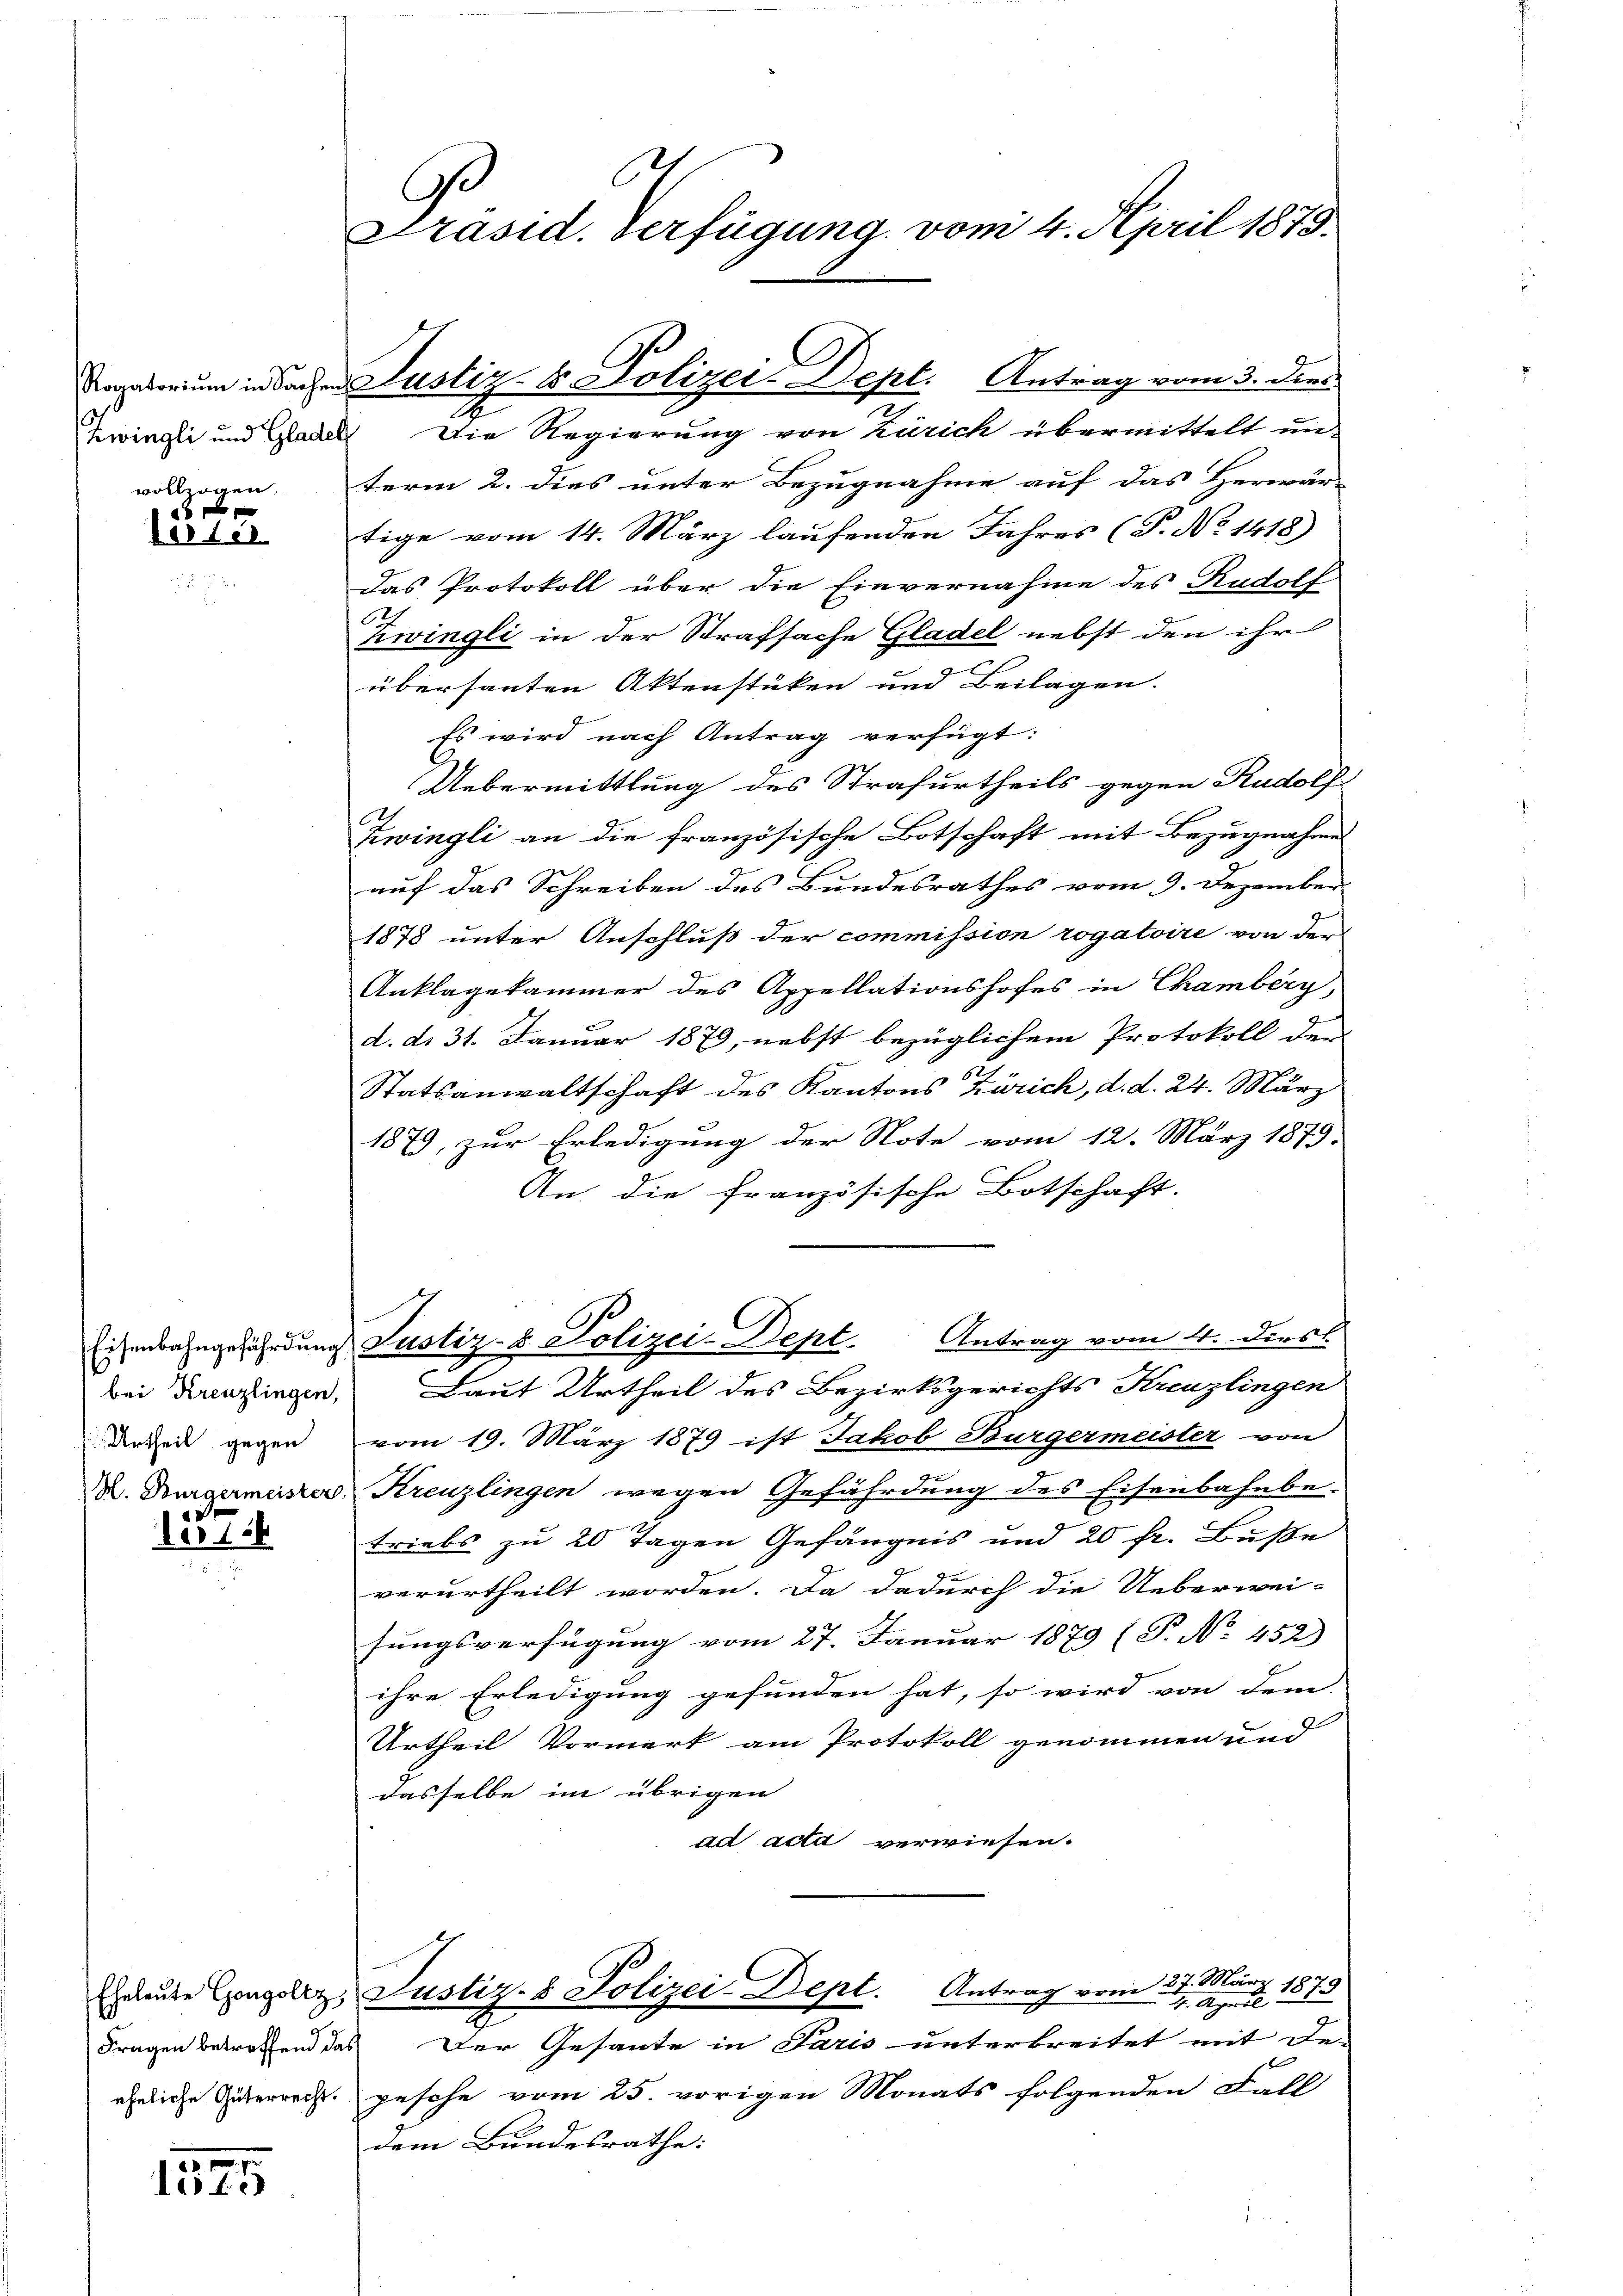
Zwingli und Gladel
vollzogen.

0 f 0 x
lestel

bei Kreuzlingen,
Urtheil gegen
n

er 18

2
1515

C
Ge
Präsid. Verfügung vom 4. April 1875.

Die Regierung von Zürich übermittelt un
term 2. dies unter Bezugnahme auf das Herwärtige vom 14. März laufenden Jahres (T. No 1418)
Das Protokoll über die Einvernahme des Rudolf
Zwingli in der Strafsache Gladel nebst den ihr
übersanten Aktenstüken und Beilagen.
Es wird nach Antrag verfügt:
Uebermittlung des Strafurtheils gegen Rudolf
Zwingli an die französische Botschaft mit Bezugnahmes
auf das Schreiben des Bundesrathes vom 9. Dezember
1878 unter Anschluß der commission rogatoire von der
Anklagekammer des Appellationshofes in Chamberg,
d. d. 31. Januar 1879, nebst bezüglichem Protokoll den
Statsanwaltschaft des Kantons Zürich, d. d. 24. März
1879, zur Erledigung der Note vom 12. März 1879.
An die französische Botschaft.
Eisenbahngefährdung Justiz- & Polizei-Dept. Antrag vom 4. Dies
Laut Urtheil des Bezirksgerichts Kreuzlingen
vom 19. März 1879 ist Jakob Burgermeister von
X. Burgermeister Kreuzlingen wegen Gefährdung des Eisenbahnbe-
triebs zu 20 Tagen Gefängnis und 20 fr. Buße
verurtheilt worden. Da dadurch die Ueberwei-
sungsverfügung vom 27. Januar 1879 (P. No. 452)
ihre Erledigung gefunden hat, so wird von dem
Urtheil Vormerk am Protokoll genommen und
dasselbe im übrigen
ad acta verwiesen.
eleute Congolz, Justiz- & Polizei-Dept. Antrag vom 27. März 1873
4. April
Fragen betreffend das Der Gesante in Paris unterbreitet mit de-
eheliche Güterrecht gesehe vom 25. vorigen Monats folgenden Fall
dem Bundesrathe:

C
Rogatorium in Sachen Justiz- & Polizei-Dept. Antrag vom 3. dies
2
u